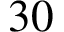
3 0